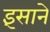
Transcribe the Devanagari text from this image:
इंसाने